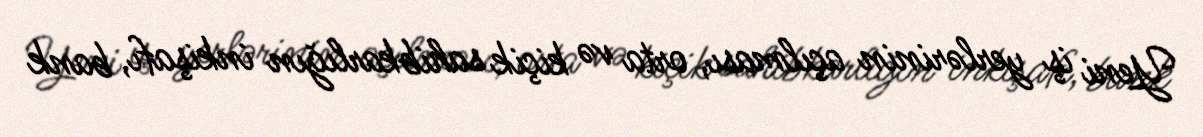
Yeni iş yerlərinin açılması, orta və kiçik sahibkarlığın inkişafı, bank